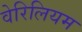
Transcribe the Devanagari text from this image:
वेरिलियम